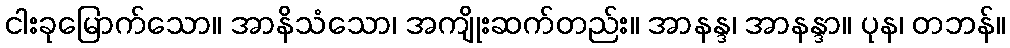
ငါးခုမြောက်သော။ အာနိသံသော၊ အကျိုးဆက်တည်း။ အာနန္ဒ၊ အာနန္ဒာ။ ပုန၊ တဘန်။